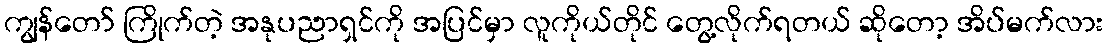
ကျွန်တော် ကြိုက်တဲ့ အနုပညာရှင်ကို အပြင်မှာ လူကိုယ်တိုင် တွေ့လိုက်ရတယ် ဆိုတော့ အိပ်မက်လား